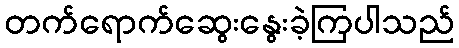
တက်ရောက်ဆွေးနွေးခဲ့ကြပါသည်